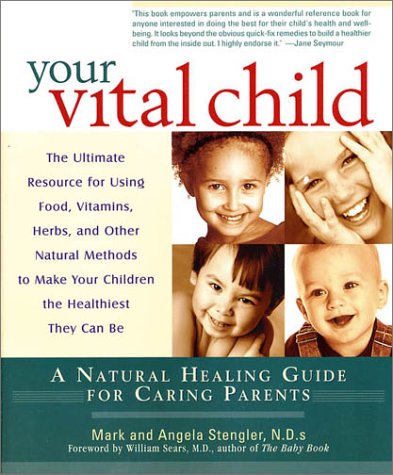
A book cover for Your Vital Child: A Natural Healing Guide for Caring Parents; Mark Stengler; Parenting & Relationships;